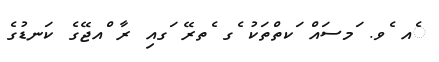
ެއ ެވ. ަމސައް ަކތްތަކު ެގ ެތރޭ ަގއި ރާ ްއޖޭގެ ކަނޑުގެ